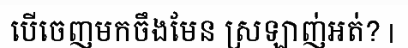
បើចេញមកចឹងមែន ស្រឡាញ់អត់? |